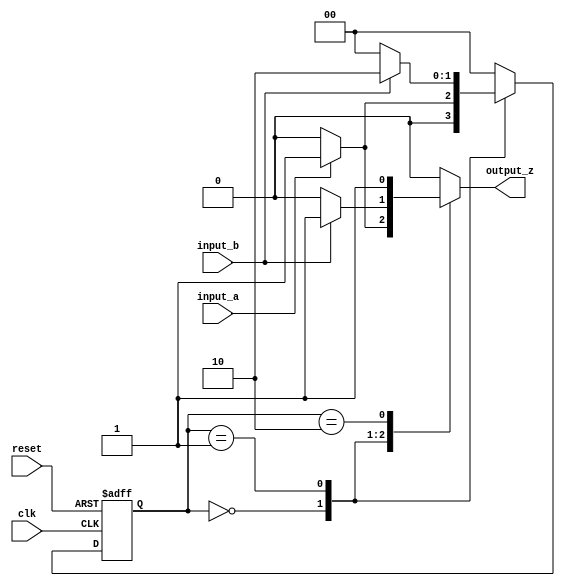
module mealy_fsm (
    input wire clk,            // Clock signal
    input wire reset,          // Asynchronous reset signal
    input wire input_a,        // Input signal A
    input wire input_b,        // Input signal B
    output reg output_z        // Output signal Z
);

// State encoding
parameter S0 = 2'b00, 
          S1 = 2'b01, 
          S2 = 2'b10;

// State and next state variables
reg [1:0] current_state, next_state;

// State transition logic (combinational)
always @(*) begin
    case (current_state)
        S0: begin
            if (input_a) begin
                next_state = S1;
                output_z = 1'b1; // Output based on state and input
            end else begin
                next_state = S0;
                output_z = 1'b0; // Output based on state and input
            end
        end
        
        S1: begin
            if (input_b) begin
                next_state = S2;
                output_z = 1'b1; // Output based on state and input
            end else begin
                next_state = S0;
                output_z = 1'b0; // Output based on state and input
            end
        end
        
        S2: begin
            // Define transitions based on inputs while in state S2
            next_state = S0; // Default transition,
            output_z = 1'b1; // Output based on state and input
        end
        
        default: begin
            next_state = S0;
            output_z = 1'b0; // Default state and output
        end
    endcase
end

// State update (sequential)
always @(posedge clk or negedge reset) begin
    if (!reset)
        current_state <= S0; // Asynchronous reset to initial state
    else
        current_state <= next_state; // Update state
end

endmodule